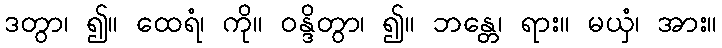
ဒတွာ၊ ၍။ ထေရံ၊ ကို။ ဝန္ဒိတွာ၊ ၍။ ဘန္တေ၊ ရား။ မယှံ၊ အား။